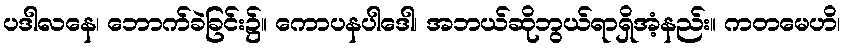
ပဒါလနေ၊ ဘောက်ခဲခြင်း၌။ ကောပနပါဒေါ၊ အဘယ်ဆိုဘွယ်ရာရှိအံ့နည်း။ ကတမေဟိ၊